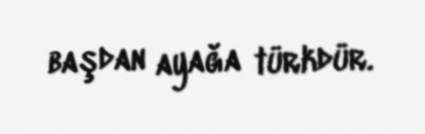
başdan ayağa türkdür.